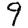
Digit: 9